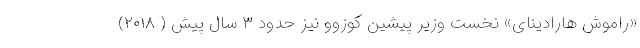
«راموش هارادینای» نخست وزیر پیشین کوزوو نیز حدود ۳ سال پیش ( ۲۰۱۸)